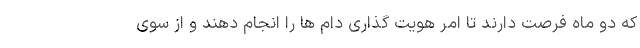
که دو ماه فرصت دارند تا امر هویت گذاری دام ها را انجام دهند و از سوی